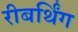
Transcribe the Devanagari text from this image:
रीबर्थिंग